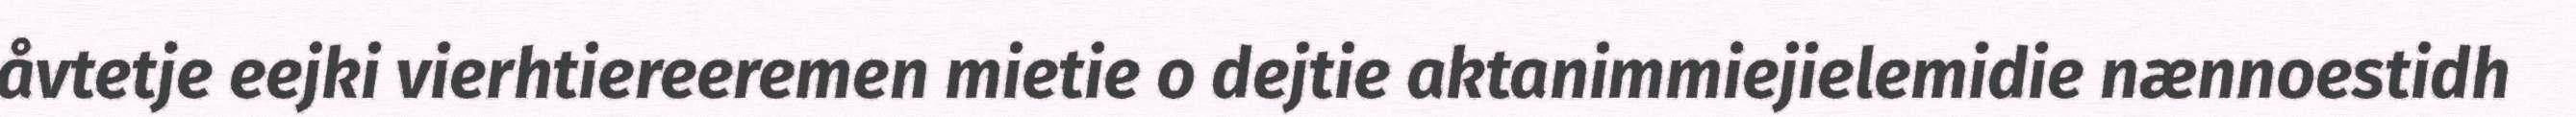
åvtetje eejki vierhtiereeremen mietie o dejtie aktanimmiejielemidie nænnoestidh